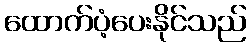
ထောက်ပံ့ပေးနိုင်သည်